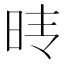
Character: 𰕺